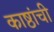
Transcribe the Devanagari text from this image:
काष्ठांची